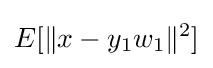
E[\|x-y_{1}w_{1}\|^{2}]